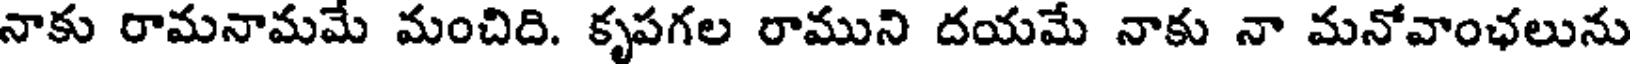
నాకు రామనామమే మంచిది. కృపగల రాముని దయమే నాకు నా మనోవాంఛలును